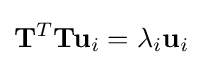
\mathbf {T} ^{T}\mathbf {T} \mathbf {u} _{i}=\lambda _{i}\mathbf {u} _{i}